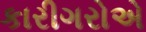
કારીગરોએ